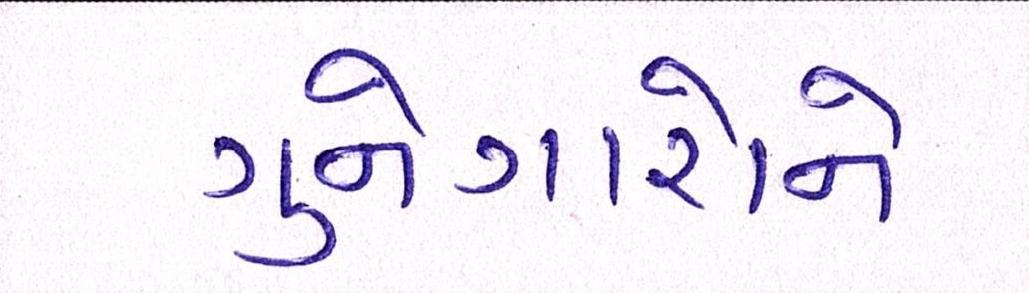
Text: ગુનેગારોને